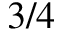
3 / 4